Vaccine operations Central Provinces 1886-1899 - 1886-1899
Year: 1886
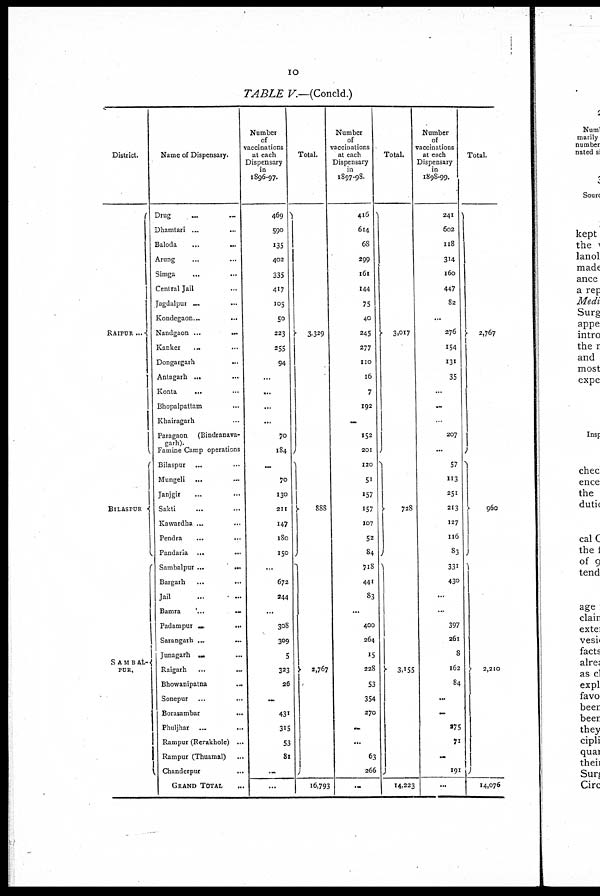
10
TABLE V.—(Concld.)
District.
RAIPUR...
BILASPUR
SAMBAL-
PUR.
Name of Dispensary.
Drug ... ...
Dhamtari
...
...
Baloda
...
...
Arung ... ...
Simga ... ...
Central Jail ...
Jagdalpur ... ...
Kondegaon
...
...
Nandgaon
...
...
Kanker ... ...
Dongargarh ...
Antagarh ... ...
Konta ... ...
Bhopalpattam ...
Khairagarh ...
Paragaon (Bindranava-
garh).
Famine Camp operations
Bilaspur ... ...
Mungeli
...
...
Janjgir ... ...
Sakti ... ...
Kawardha ... ...
Pendra ... ...
Pandaria ... ...
Sambalpur
...
...
Bargarh ... ...
Jail ... ...
Bamra
...
...
Padampur
...
...
Sarangarh
...
...
Junagarh ... ...
Raigarh ... ...
Bhowanipatna
...
Sonepur ... ...
Borasambar
...
Phuljhar ... ...
Rampur (Rerakhole) ...
Rampur (Thuamal) ...
Chanderpur ...
GRAND TOTAL ...
Number
of
vaccinations
at each
Dispensary
in
1896-97.
469
590
135
402
335
417
105
50
223
255
94
...
...
...
...
70
184
...
70
130
211
147
180
150
...
672
244
...
308
309
5
323
26
...
431
315
53
81
...
...
Total.
3,329
888
2,767
16,793
Number
of
vaccinations
at each
Dispensary
in
1897-98.
416
614
68
299
161
144
75
40
245
277
110
16
7
192
...
152
201
120
51
157
157
107
52
84
718
441
83
...
400
264
15
228
53
354
270
...
...
63
266
...
Total.
3,017
728
3,155
14,223
Number
of
vaccinations
at each
Dispensary
in
1898-99.
241
602
118
314
160
447
82
...
276
154
131
35
...
...
...
207
...
57
113
251
213
127
116
83
331
430
...
...
397
261
8
162
84
...
...
175
71
...
191
...
Total.
2,767
960
2,210
14,076